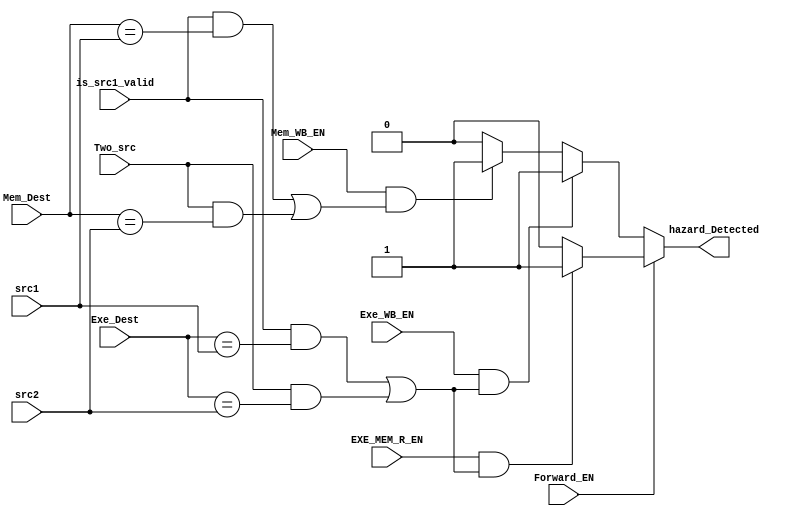
module hazard_Detection_Unit (src1, src2, is_src1_valid, Two_src, Exe_Dest, Exe_WB_EN, EXE_MEM_R_EN,
				Mem_Dest, Mem_WB_EN, Forward_EN, hazard_Detected);
input [3:0] src1;
input [3:0] src2;
input is_src1_valid;
input Two_src;
input [3:0] Exe_Dest;
input Exe_WB_EN;
input EXE_MEM_R_EN;
input [3:0] Mem_Dest;
input Mem_WB_EN; 
input Forward_EN;
output hazard_Detected;

	assign hazard_Detected = ~Forward_EN?
				//Mode 1: Forwarding is disabled
				((Exe_WB_EN && ((is_src1_valid && Exe_Dest == src1) | (Two_src == 1'b1 && Exe_Dest == src2)))? 1'b1
				:(Mem_WB_EN && ((is_src1_valid && Mem_Dest == src1) | (Two_src == 1'b1 && Mem_Dest == src2)))? 1'b1
				: 1'b0) : 
				//Mode 2: Forwarding is enabled
				((EXE_MEM_R_EN && ((is_src1_valid && Exe_Dest == src1) | (Two_src == 1'b1 && Exe_Dest == src2)))? 1'b1
				: 1'b0);


endmodule